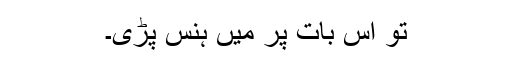
تو اس بات پر میں ہنس پڑی۔